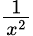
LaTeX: \textstyle{\frac{1}{x^{2}}}